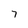
Character: 7